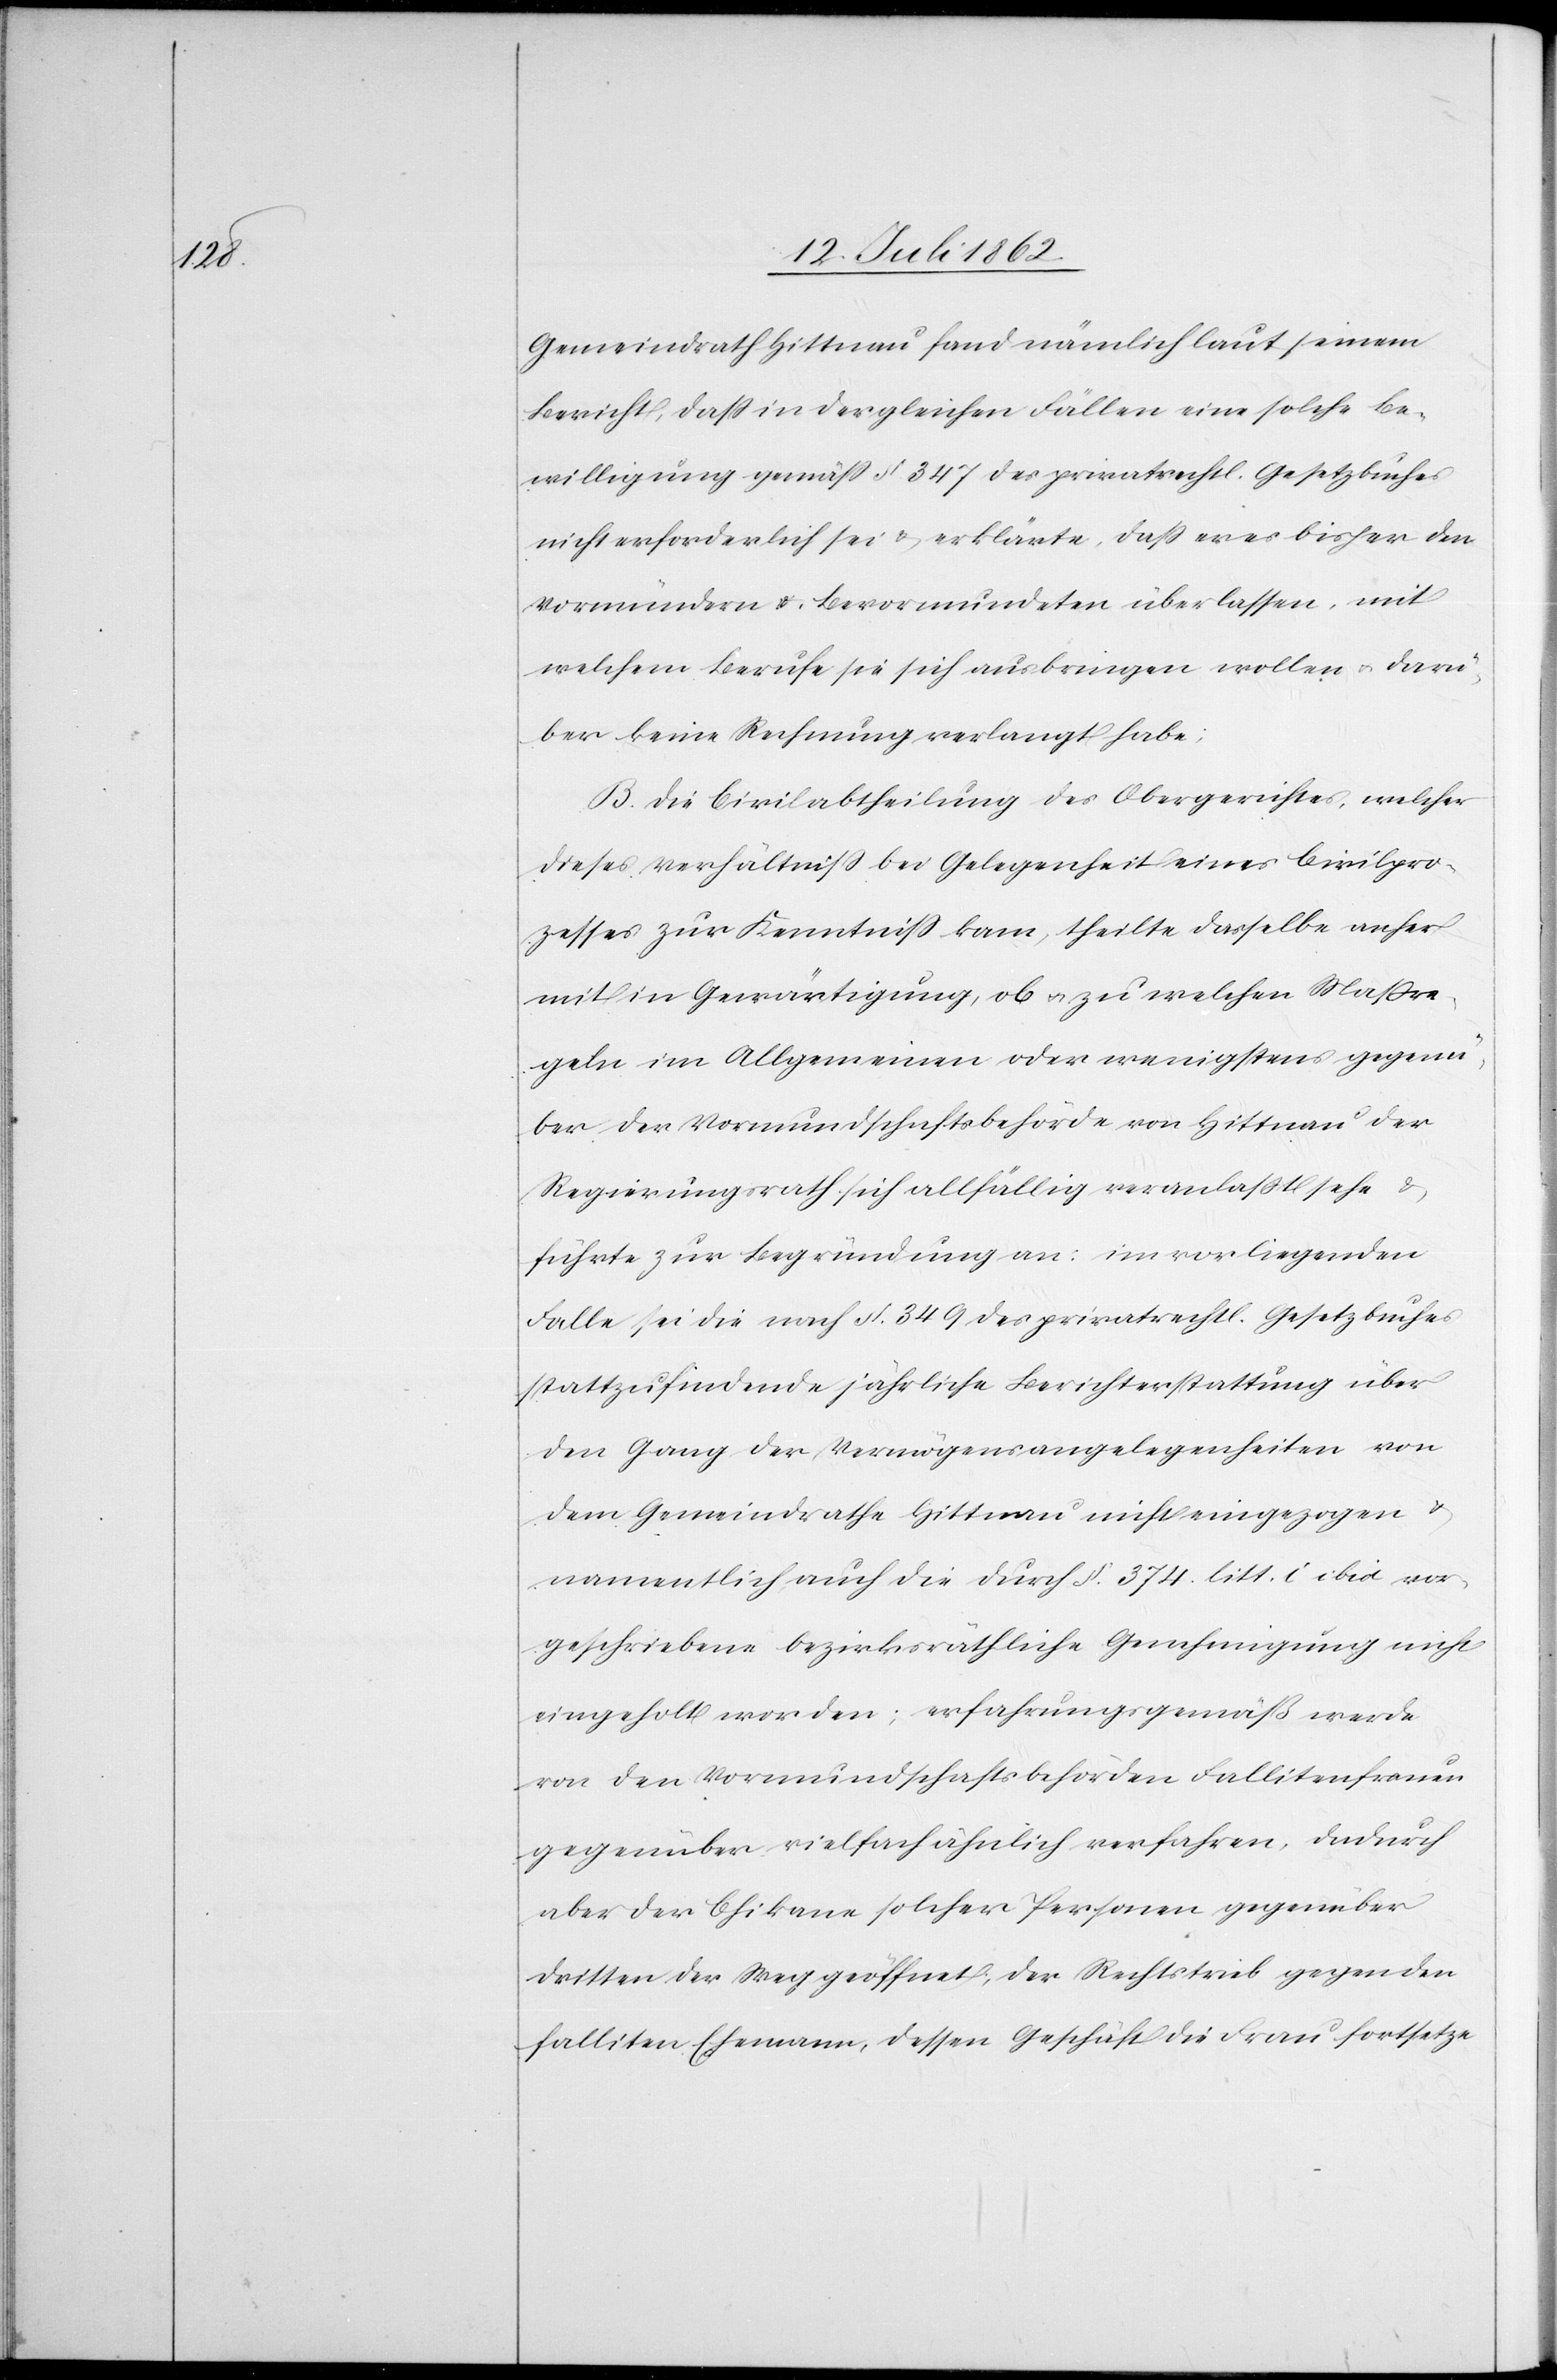
Gemeindrath Hittnau fand nämlich laut seinem
Bericht, daß in dergleichen Fällen eine solche Be¬
willigung gemäß § 347 des privatrechtl. Gesetzbuches
nicht erforderlich sei u. erklärte, daß er es bisher den
Vormündern u. Bevormundeten überlassen, mit
welchem Berufe sie sich ausbringen wollen u. darü¬
ber keine Rechnung verlangt habe;
B. Die Civilabtheilung des Obergerichtes, welcher
dieses Verhältniß bei Gelegenheit eines Civilpro¬
zesses zur Kenntniß kam, theilte dasselbe anher
mit in Gewärtigung, ob u. zu welchen Maßre¬
geln im Allgemeinen oder wenigstens gegenü¬
ber der Vormundschaftsbehörde von Hittnau der
Regierungsrath sich allfällig veranlaßt sehe u.
führte zur Begründung an: im vorliegenden
Falle sei die nach § 349 des privatrechtl. Gesetzbuches
stattzufindende jährliche Berichterstattung über
den Gang der Vermögensangelegenheiten von
dem Gemeindrathe Hittnau nicht eingezogen u.
namentlich auch die durch § 374 litt. c ibid vor¬
geschriebene bezirksräthliche Genehmigung nicht
eingeholt worden; erfahrungsgemäß werde
von den Vormundschaftsbehörden Fallitenfrauen
gegenüber vielfach ähnlich verfahren, dadurch
aber der Chikane solcher Personen gegenüber
dritten der Weg geöffnet, der Rechtstrieb gegen den
falliten Ehemann, dessen Geschäft die Frau fortsetze